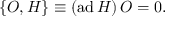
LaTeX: \{ { \cal O } , H \} \equiv ( \mathrm { a d } \, H ) \, { \cal O } = 0 .